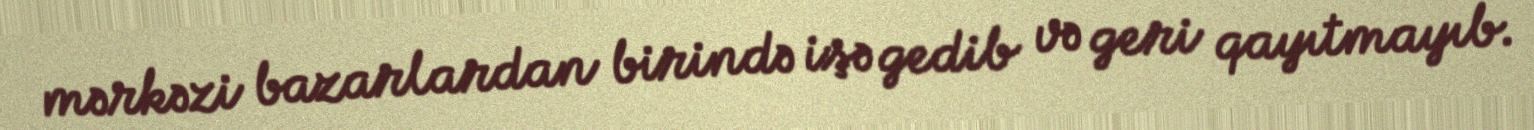
mərkəzi bazarlardan birində işə gedib və geri qayıtmayıb.